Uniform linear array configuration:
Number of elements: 12
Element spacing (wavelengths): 0.5
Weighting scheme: exponential
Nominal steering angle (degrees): -45
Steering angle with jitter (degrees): -45.553
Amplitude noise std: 0.05
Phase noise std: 0.05

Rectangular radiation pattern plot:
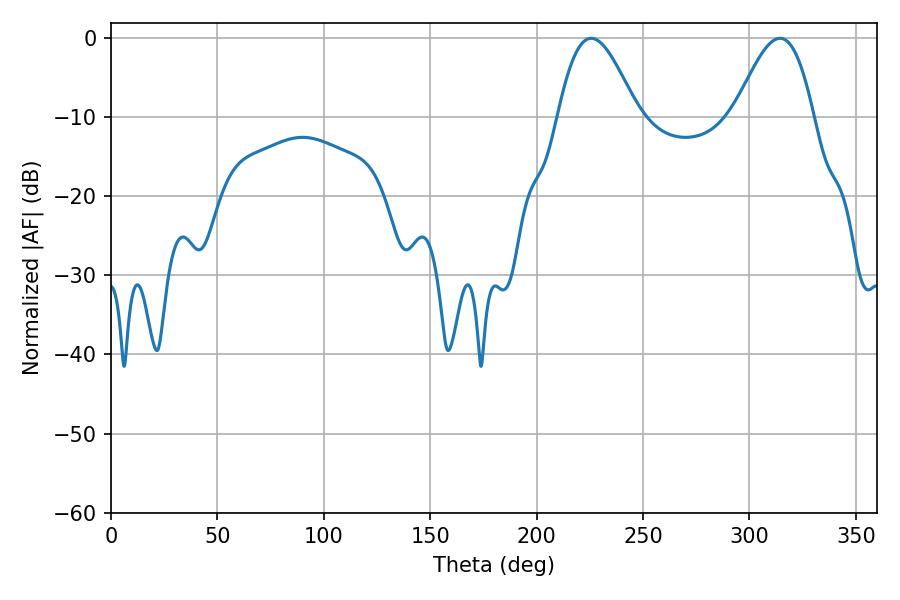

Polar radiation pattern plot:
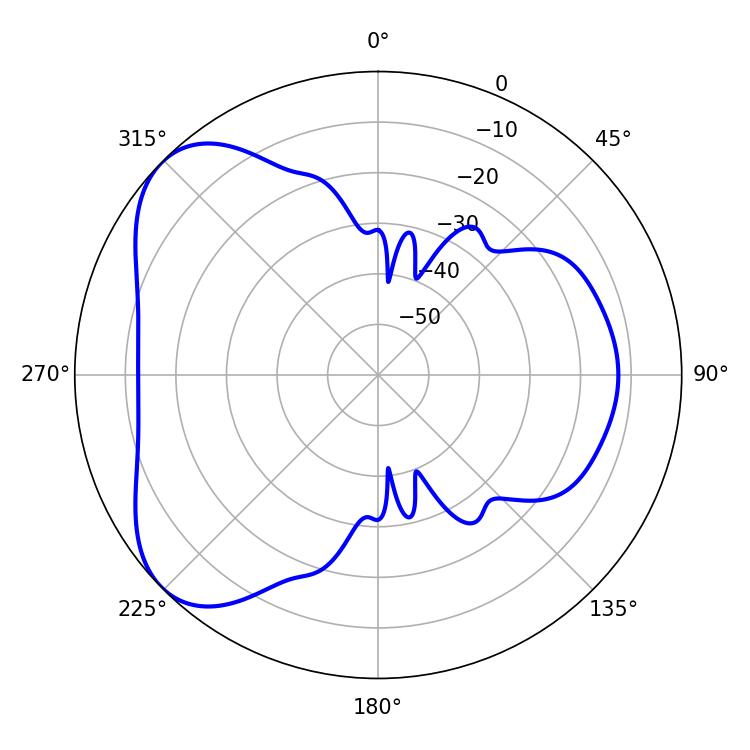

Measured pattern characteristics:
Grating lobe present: FALSE
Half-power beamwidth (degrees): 19.98
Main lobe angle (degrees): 225.72